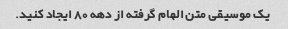
یک موسیقی متن الهام گرفته از دهه 80 ایجاد کنید.